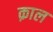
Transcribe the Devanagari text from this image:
क़ाल